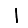
Digit: 1